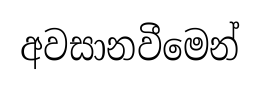
අවසානවීමෙන්